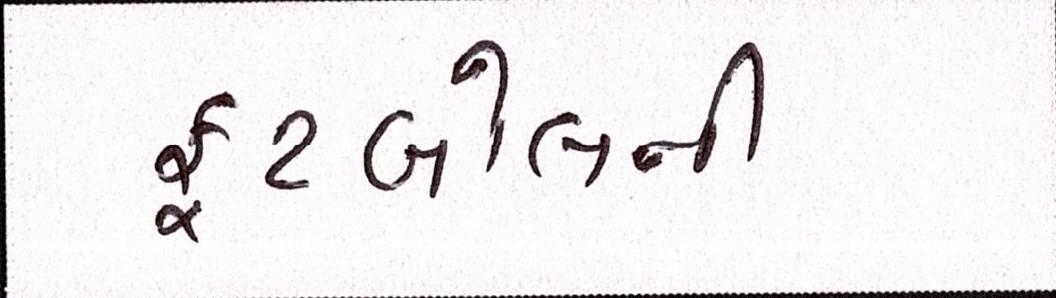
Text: ફૂટબોલની